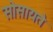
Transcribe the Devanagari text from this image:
सोसायते